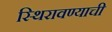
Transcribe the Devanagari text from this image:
स्थिरावण्याची